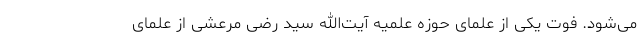
می‌شود. فوت یکی از علمای حوزه علمیه آیت‌الله سید رضی مرعشی از علمای